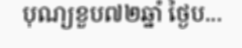
បុណ្យខួប៧២ឆ្នាំ ថ្ងៃប...